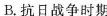
B.抗日战争时期